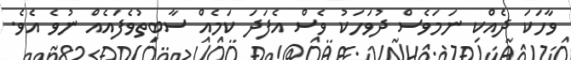
ވާހަކަ ދެއްކި ނަމަވެސް ދުވަހަކު ވެސް އެފަދަ ކަމެއް ސާބިތުވެފައެއް ނުވެ އެވެ.